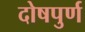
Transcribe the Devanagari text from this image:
दोषपुर्ण